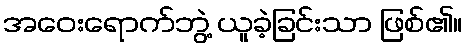
အဝေးရောက်ဘွဲ့ ယူခဲ့ခြင်းသာ ဖြစ်၏။